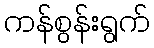
ကန်စွန်းရွက်